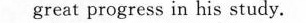
great progress in his study.